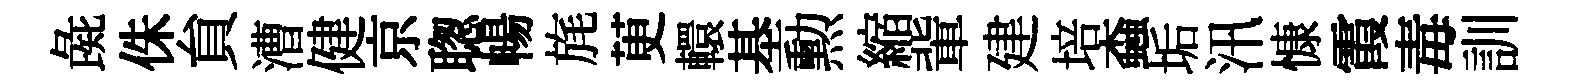
彘侏貟漕健京聦暢旄茰轘基勲縮軰建培螙垢汛慷霞毒訓